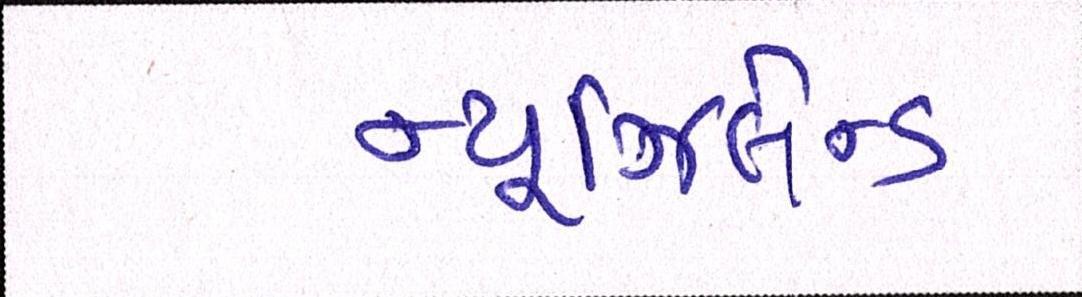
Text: ન્યૂઝિલેન્ડ